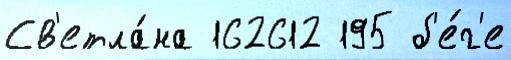
Св'етла́на 162612 195 б'е́г'е